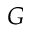
G